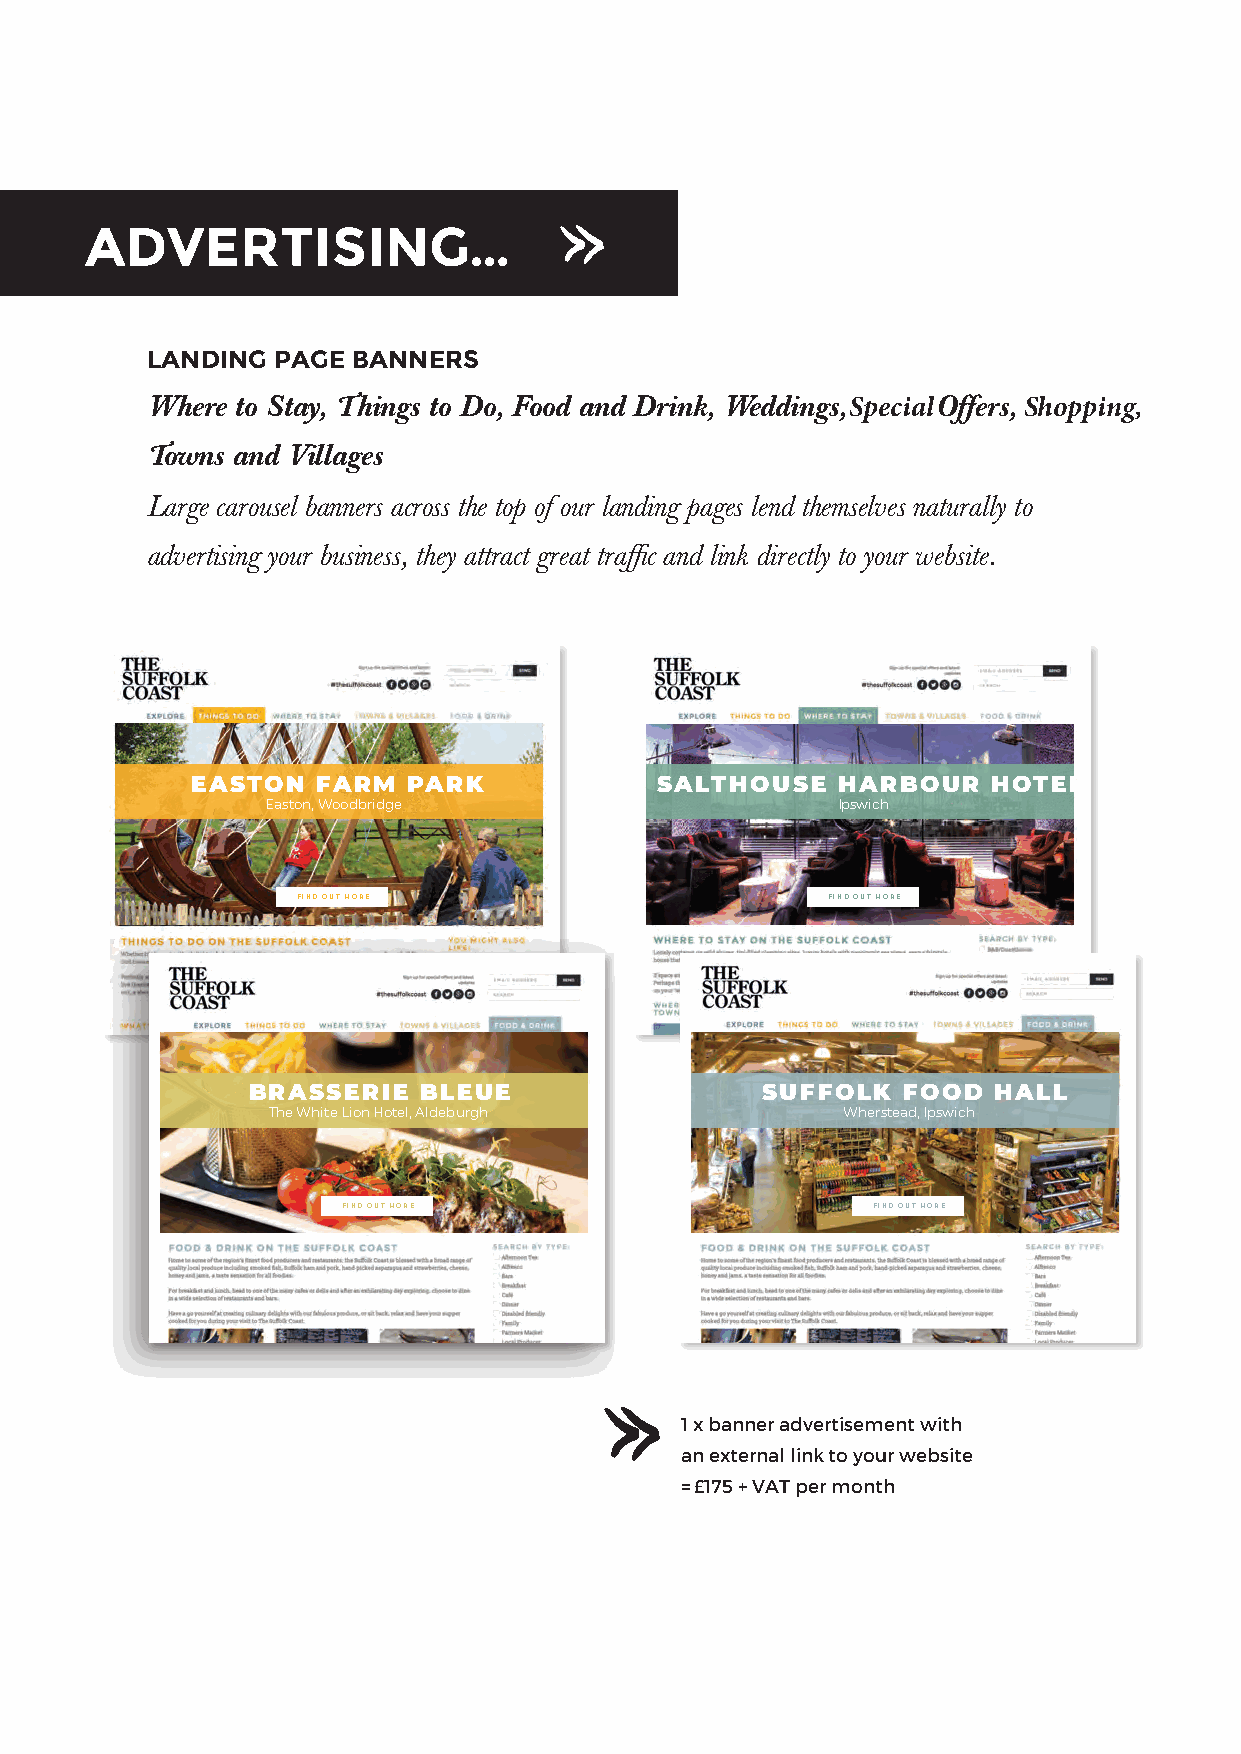
ADVERTISING...
 LANDING PAGE BANNERS
 Where to Stay, Things to Do, Food and Drink, Weddings, SpecialO ffers, Shopping,
 Towns and V illages
 Large carousel banners across the top of our landing pages lend themselves naturally to
 advertising your business, they attract great traffic and link directly to your website.
 EASTON  FARM  PARK            SALTHOUSE   HARB  OUR HOTEL
 Easton, Woodbridge                   Ipswich
 FIND OUT MORE                      FIND OUT MORE
 BRASSERIE   BLEUE                 SUFFOLK  F OOD  HALL
 The White Lion Hotel, Aldeburgh       Wherstead, Ipswich
 FIND OUT MORE                      FIND OUT MORE
 1 x banner advertisement with
 an external link to your website
 = £175 + VAT per month